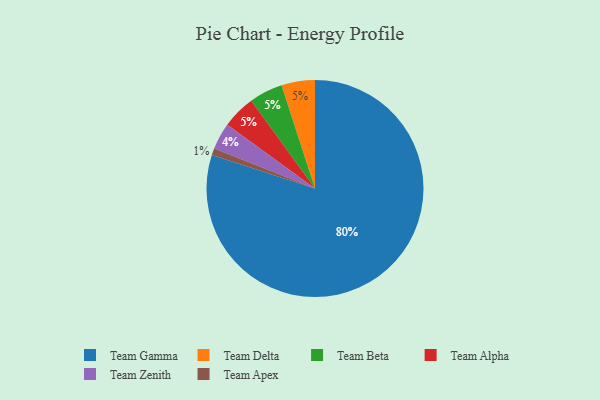
{"axis": {"x": "Category", "y": "Percentage"}, "legend": ["Team Alpha", "Team Apex", "Team Beta", "Team Delta", "Team Gamma", "Team Zenith"], "data": [{"x": "Team Zenith", "y": 4, "type": "Team Zenith"}, {"x": "Team Delta", "y": 5, "type": "Team Delta"}, {"x": "Team Beta", "y": 5, "type": "Team Beta"}, {"x": "Team Alpha", "y": 5, "type": "Team Alpha"}, {"x": "Team Gamma", "y": 80, "type": "Team Gamma"}, {"x": "Team Apex", "y": 1, "type": "Team Apex"}]}